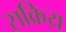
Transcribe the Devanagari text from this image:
सक्रिय़